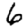
Digit: 6